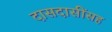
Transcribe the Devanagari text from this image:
दासदासींसह